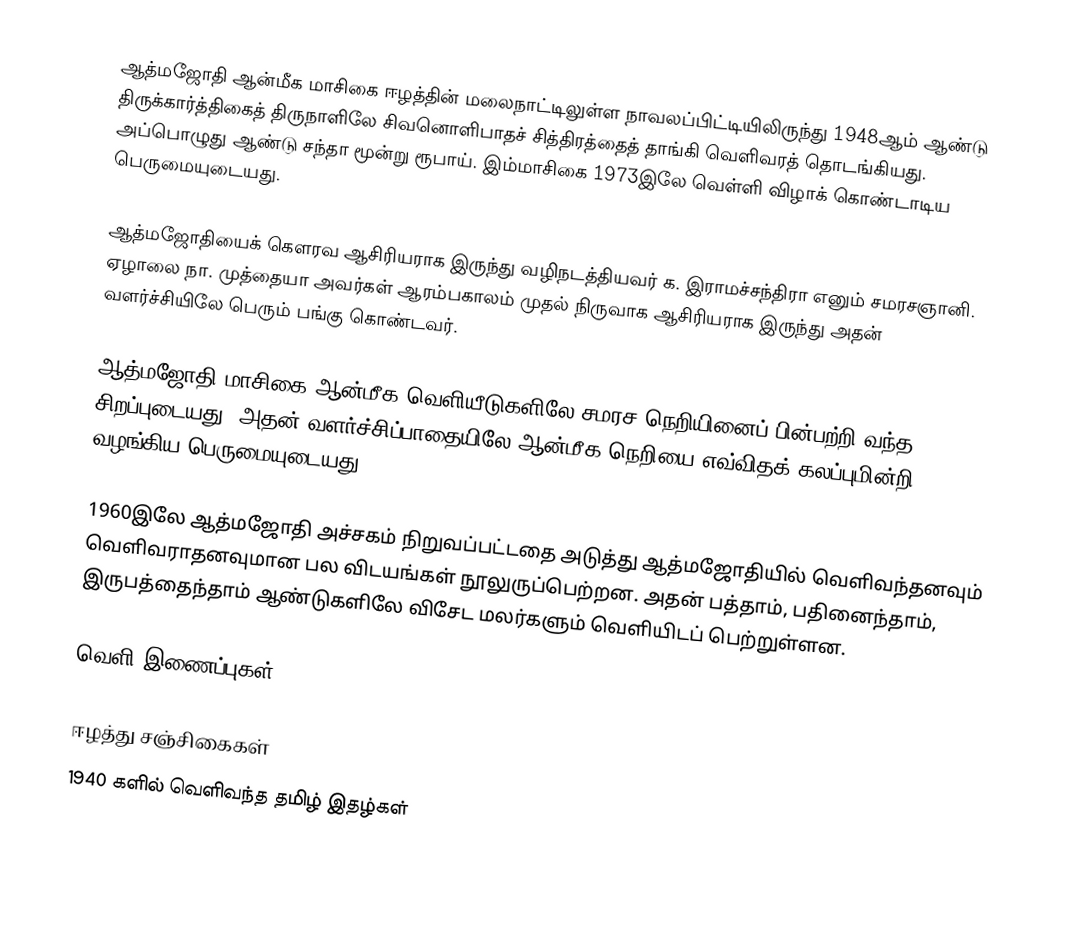
ஆத்மஜோதி ஆன்மீக மாசிகை ஈழத்தின் மலைநாட்டிலுள்ள நாவலப்பிட்டியிலிருந்து 1948ஆம் ஆண்டு திருக்கார்த்திகைத்  திருநாளிலே சிவனொளிபாதச் சித்திரத்தைத் தாங்கி வெளிவரத் தொடங்கியது. அப்பொழுது ஆண்டு சந்தா மூன்று ரூபாய். இம்மாசிகை 1973இலே வெள்ளி விழாக் கொண்டாடிய பெருமையுடையது.

ஆத்மஜோதியைக் கௌரவ ஆசிரியராக இருந்து வழிநடத்தியவர் க. இராமச்சந்திரா எனும் சமரசஞானி. ஏழாலை நா. முத்தையா அவர்கள் ஆரம்பகாலம் முதல் நிருவாக ஆசிரியராக இருந்து அதன் வளர்ச்சியிலே பெரும் பங்கு கொண்டவர்.

ஆத்மஜோதி மாசிகை ஆன்மீக வெளியீடுகளிலே சமரச நெறியினைப் பின்பற்றி வந்த சிறப்புடையது. அதன் வளர்ச்சிப்பாதையிலே ஆன்மீக நெறியை எவ்விதக் கலப்புமின்றி வழங்கிய பெருமையுடையது.

1960இலே ஆத்மஜோதி அச்சகம் நிறுவப்பட்டதை அடுத்து ஆத்மஜோதியில் வெளிவந்தனவும் வெளிவராதனவுமான பல விடயங்கள் நூலுருப்பெற்றன. அதன் பத்தாம், பதினைந்தாம், இருபத்தைந்தாம் ஆண்டுகளிலே விசேட மலர்களும் வெளியிடப் பெற்றுள்ளன.

வெளி இணைப்புகள்

ஈழத்து சஞ்சிகைகள்
1940 களில் வெளிவந்த தமிழ் இதழ்கள்